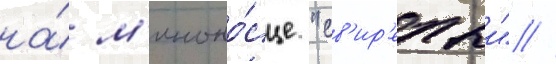
на́ м'иноно́сце "св'ир'епыи" //